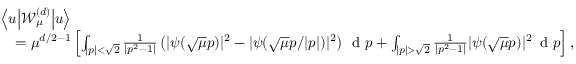
\begin{array} { r l } & { \left\langle u \middle \vert \mathcal { W } _ { \mu } ^ { ( d ) } \middle \vert u \right\rangle } \\ & { \quad = \mu ^ { d / 2 - 1 } \left[ \int _ { | p | < \sqrt { 2 } } \frac { 1 } { | p ^ { 2 } - 1 | } \left( | \psi ( \sqrt { \mu } p ) | ^ { 2 } - | \psi ( \sqrt { \mu } p / | p | ) | ^ { 2 } \right) \, \textnormal { d } p + \int _ { | p | > \sqrt { 2 } } \frac { 1 } { | p ^ { 2 } - 1 | } | \psi ( \sqrt { \mu } p ) | ^ { 2 } \, \textnormal { d } p \right] , } \end{array}